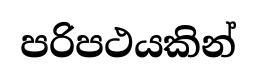
පරිපථයකින්